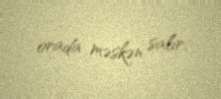
orada məskən salır.